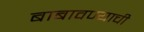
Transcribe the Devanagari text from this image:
बाबावण्याची